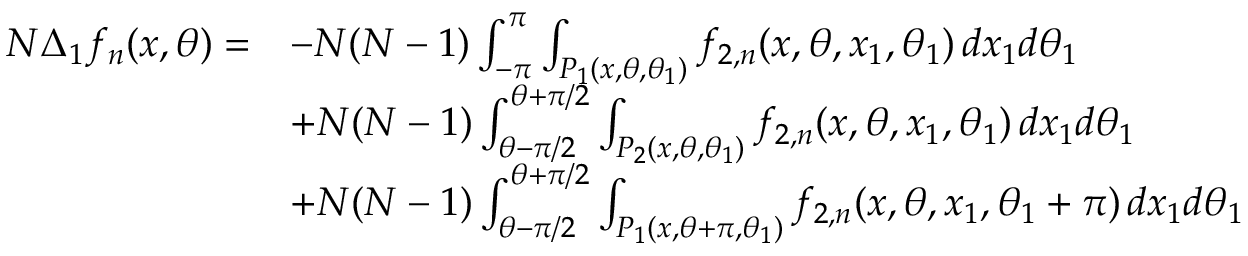
\begin{array} { r l } { N \Delta _ { 1 } f _ { n } ( x , \theta ) = } & { - N ( N - 1 ) \int _ { - \pi } ^ { \pi } \int _ { P _ { 1 } ( x , \theta , \theta _ { 1 } ) } f _ { 2 , n } ( x , \theta , x _ { 1 } , \theta _ { 1 } ) \, d x _ { 1 } d \theta _ { 1 } } \\ & { + N ( N - 1 ) \int _ { \theta - \pi / 2 } ^ { \theta + \pi / 2 } \int _ { P _ { 2 } ( x , \theta , \theta _ { 1 } ) } f _ { 2 , n } ( x , \theta , x _ { 1 } , \theta _ { 1 } ) \, d x _ { 1 } d \theta _ { 1 } } \\ & { + N ( N - 1 ) \int _ { \theta - \pi / 2 } ^ { \theta + \pi / 2 } \int _ { P _ { 1 } ( x , \theta + \pi , \theta _ { 1 } ) } f _ { 2 , n } ( x , \theta , x _ { 1 } , \theta _ { 1 } + \pi ) \, d x _ { 1 } d \theta _ { 1 } } \end{array}